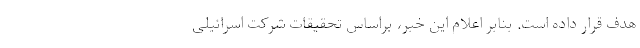
هدف قرار داده است. بنابر اعلام این خبر، براساس تحقیقات شرکت اسرائیلی